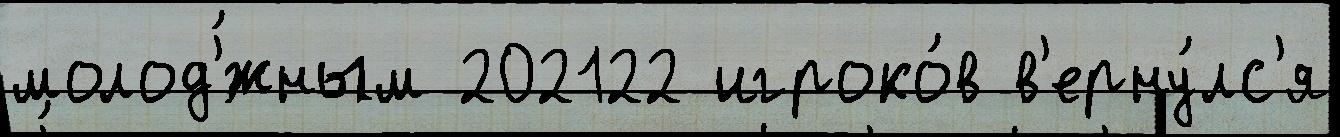
молод'́жным 202122 игроко́в в'ерну́лс'я